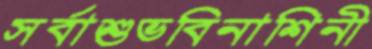
সর্বাশুভবিনাশিনী